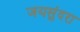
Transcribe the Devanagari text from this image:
जयसुंदरा